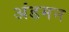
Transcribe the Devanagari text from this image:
अंडमन